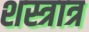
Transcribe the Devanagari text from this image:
शस्त्रात्र